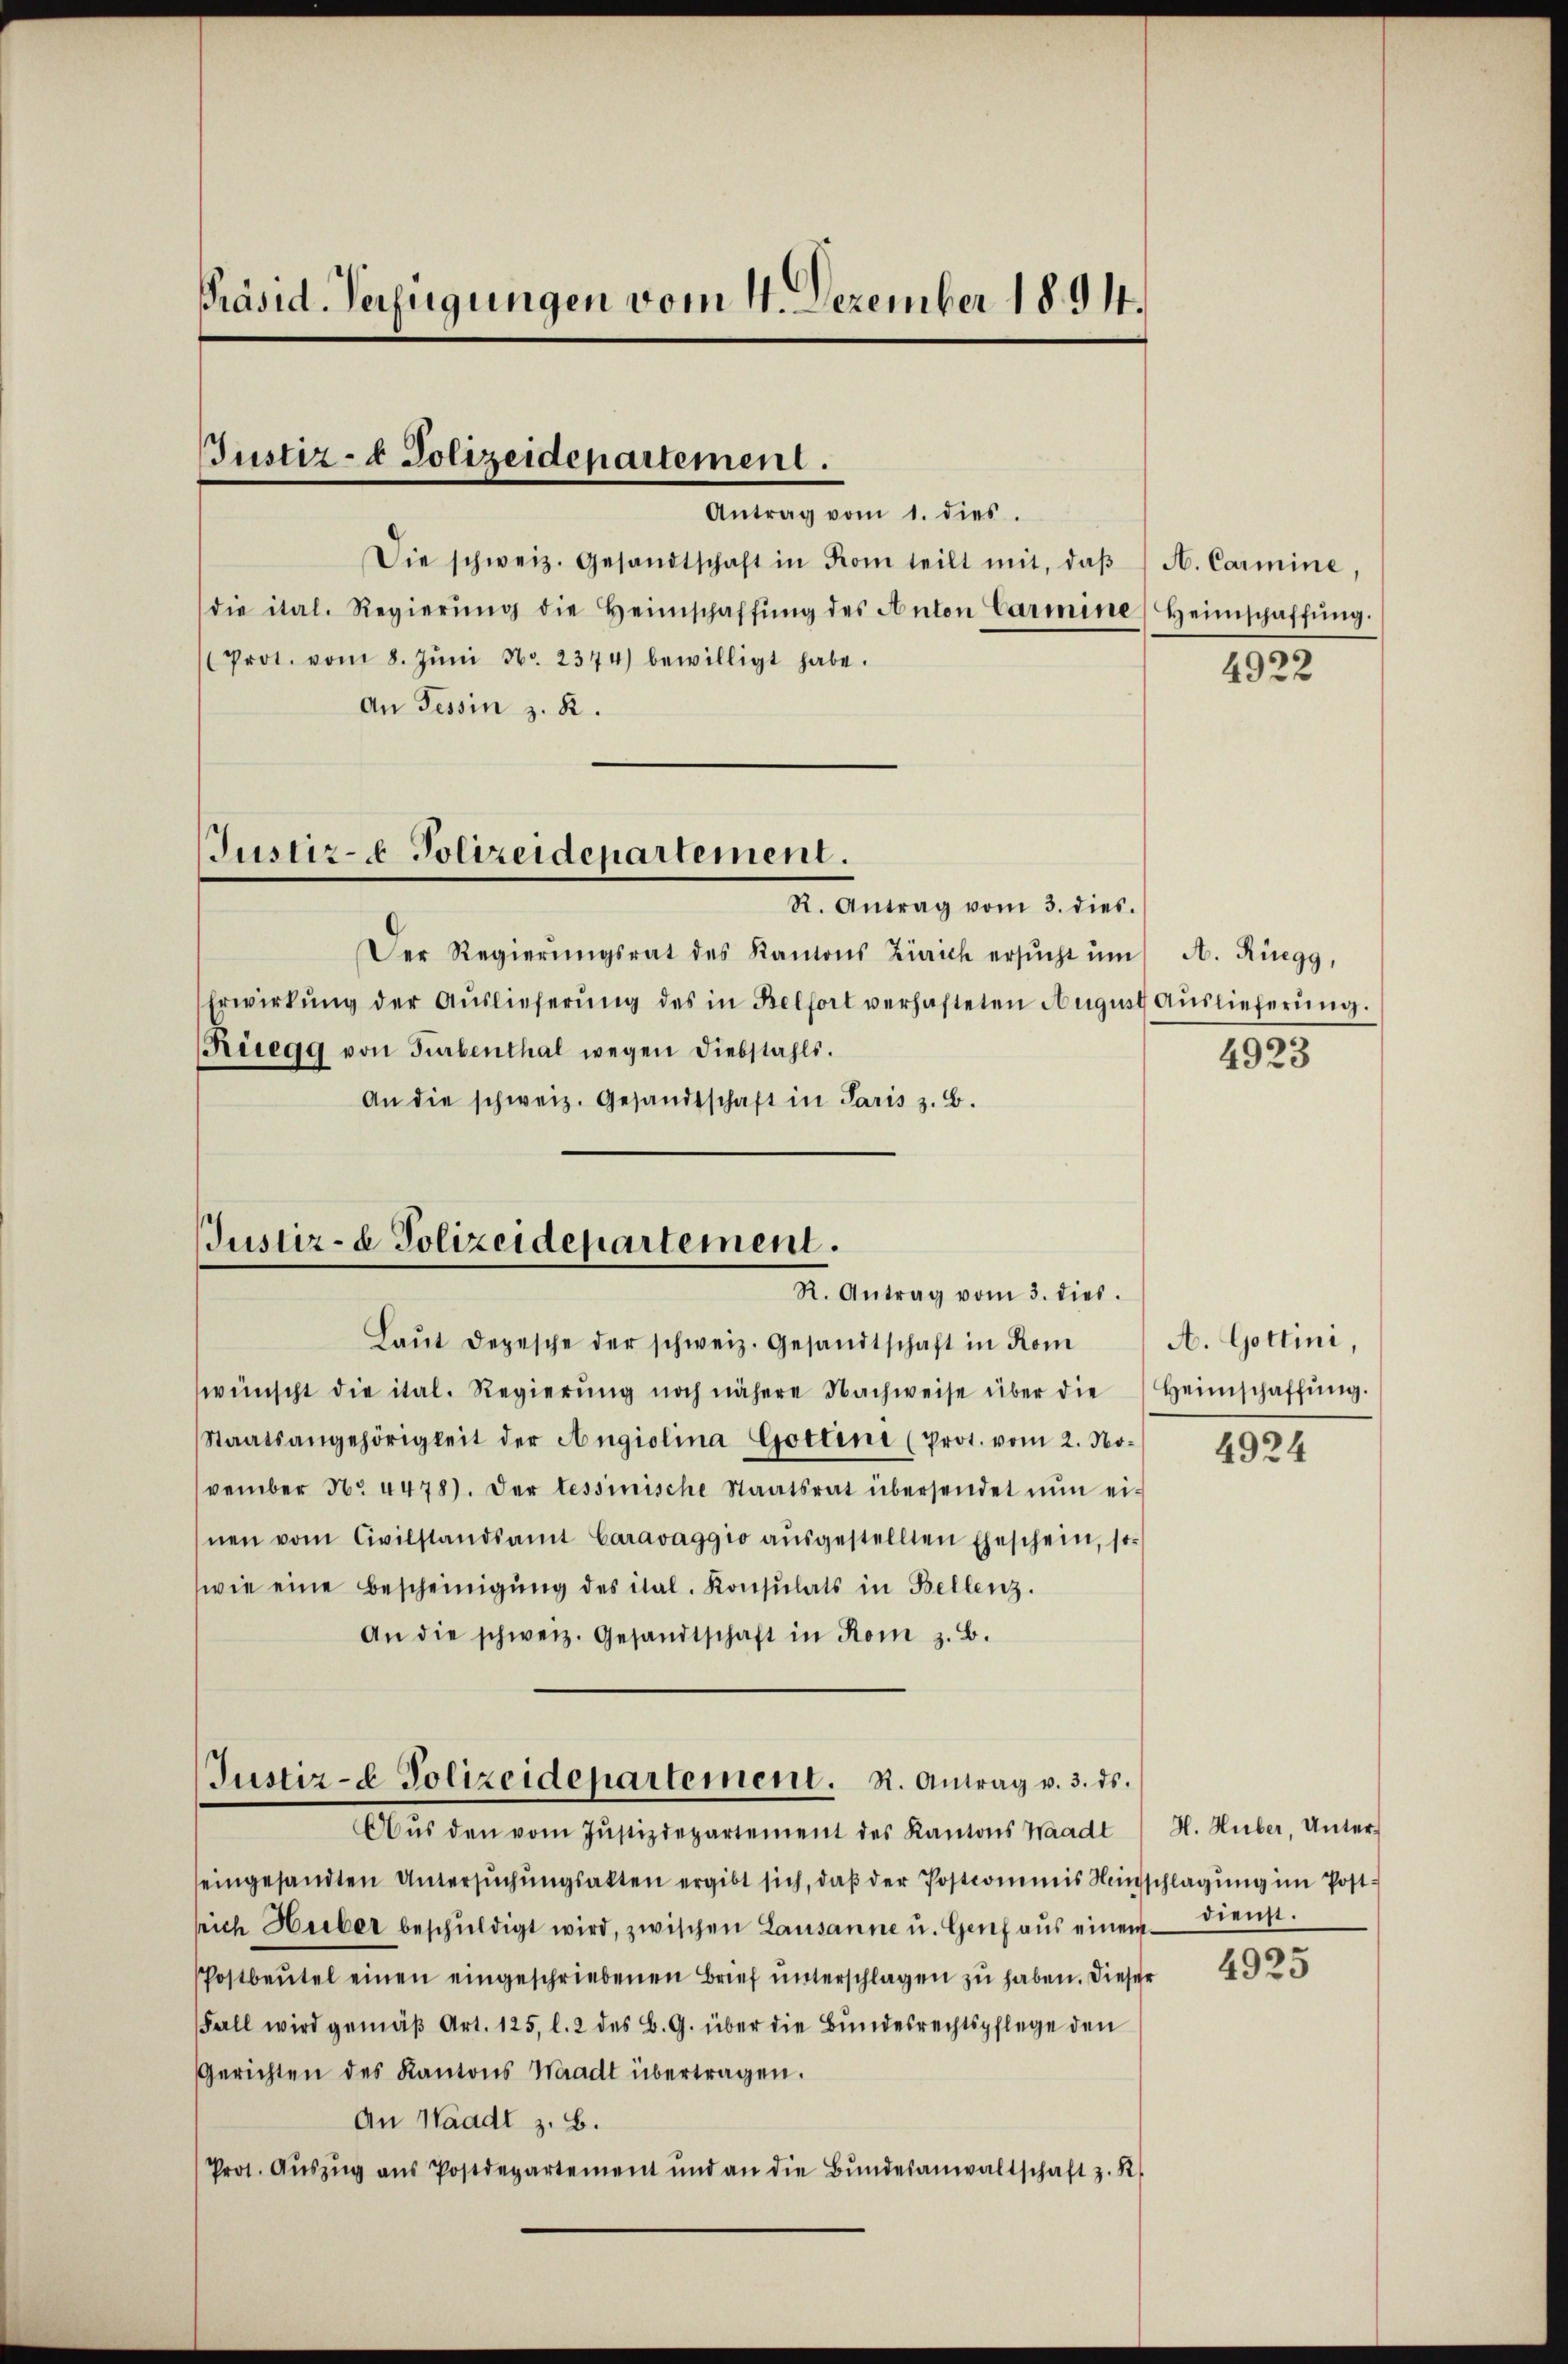
Präsid. Verfügungen vom 14. Dezember 1891.

Justiz- & Polizeidepartement.

Antrag vom 1. dies.
Die schweiz. Gesandtschaft in Kom teilt mit, daβ (H. Carmine,
die ital. Regierŭng die Heimschaffŭng des Anton Carmine Heimschaffŭng.
Prot. vom 8. Jŭni N. 2374) bewilligt habe.
An Tessin z. R.
Justiz- Polizeidepartement.
R. Antrag vom 3. dies.
Der Regierŭngsrat des Kantons Zürich ersŭcht ŭm
Erwirkŭng der Aŭslieferŭng des in Belfort verhafteten August Aŭslieferŭng.
Rüegg von Turbenthal wegen Diebstahls.
An die schweiz. Gesandtschaft in Paris z. B.

Justiz- & Polizeidepartement.
R. Antrag vom 3. dies

Laŭt Depesche der schweiz. Gesandtschaft in Kom
wünscht die ital. Regierŭng noch nähere Nachweise über die Heimschaffŭng.
Staatsangehörigkeit der Angiolina Gottene (Prot. vom 2. No-
vember No. 4478). Der tessinische Staatsrat übersendet nŭn ei-
hnen vom Civilstandsamt Caravaggio aŭsgestellten Eheschein, st
wie eine Bescheinigŭng des ital. Konsulats in Bellenz.
An die schweiz. Gesandtschaft in Rom z. B.
Justiz- & Polizeidepartement. R. Antrag v. 3. ds.
Aŭs den vom Justizdepartement des Kantons Waadt
seingesandten Untersuchungsakten ergibt sich, daß der Postcommis einschlagung im Postsrich Hieber beschŭldigt wird, zwischen Lausanne u. Genf aŭs einem dienst.
Postbeŭtel einen eingeschriebenen Brief unterschlagen zu haben. Dieser
Fall wird gemäβ Art. 125, l. 2 des B. G. über die Bŭndesrechtspflege den
Gerichten des Kantons Waadt übertragen.
An Waadt z. B.
Prot. Aŭszŭg aŭs Postdepartement und an die Bŭndesanwaltschaft z. R.

4922

A. Rüegg,
4923

A. Gottini,

4924

H. Huber, Unter¬

4925